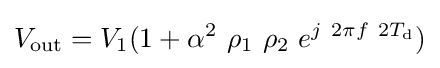
V_{\text{out}}=V_{1}(1+\alpha ^{2}\ \rho _{1}\ \rho _{2}\ e^{j\ 2\pi f\ 2T_{\text{d}}})